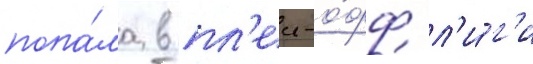
попа́ла в пл'еи-о́фф л'и́г'и